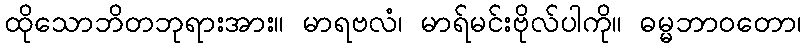
ထိုသောဘိတဘုရားအား။ မာရဗလံ၊ မာရ်မင်းဗိုလ်ပါကို။ ဓမ္မဘာဝတော၊